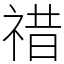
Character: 䄍